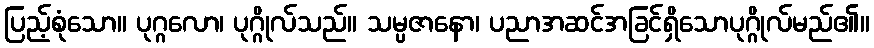
ပြည့်စုံသော။ ပုဂ္ဂလော၊ ပုဂ္ဂိုလ်သည်။ သမ္ပဇာနော၊ ပညာအဆင်အခြင်ရှိသောပုဂ္ဂိုလ်မည်၏။